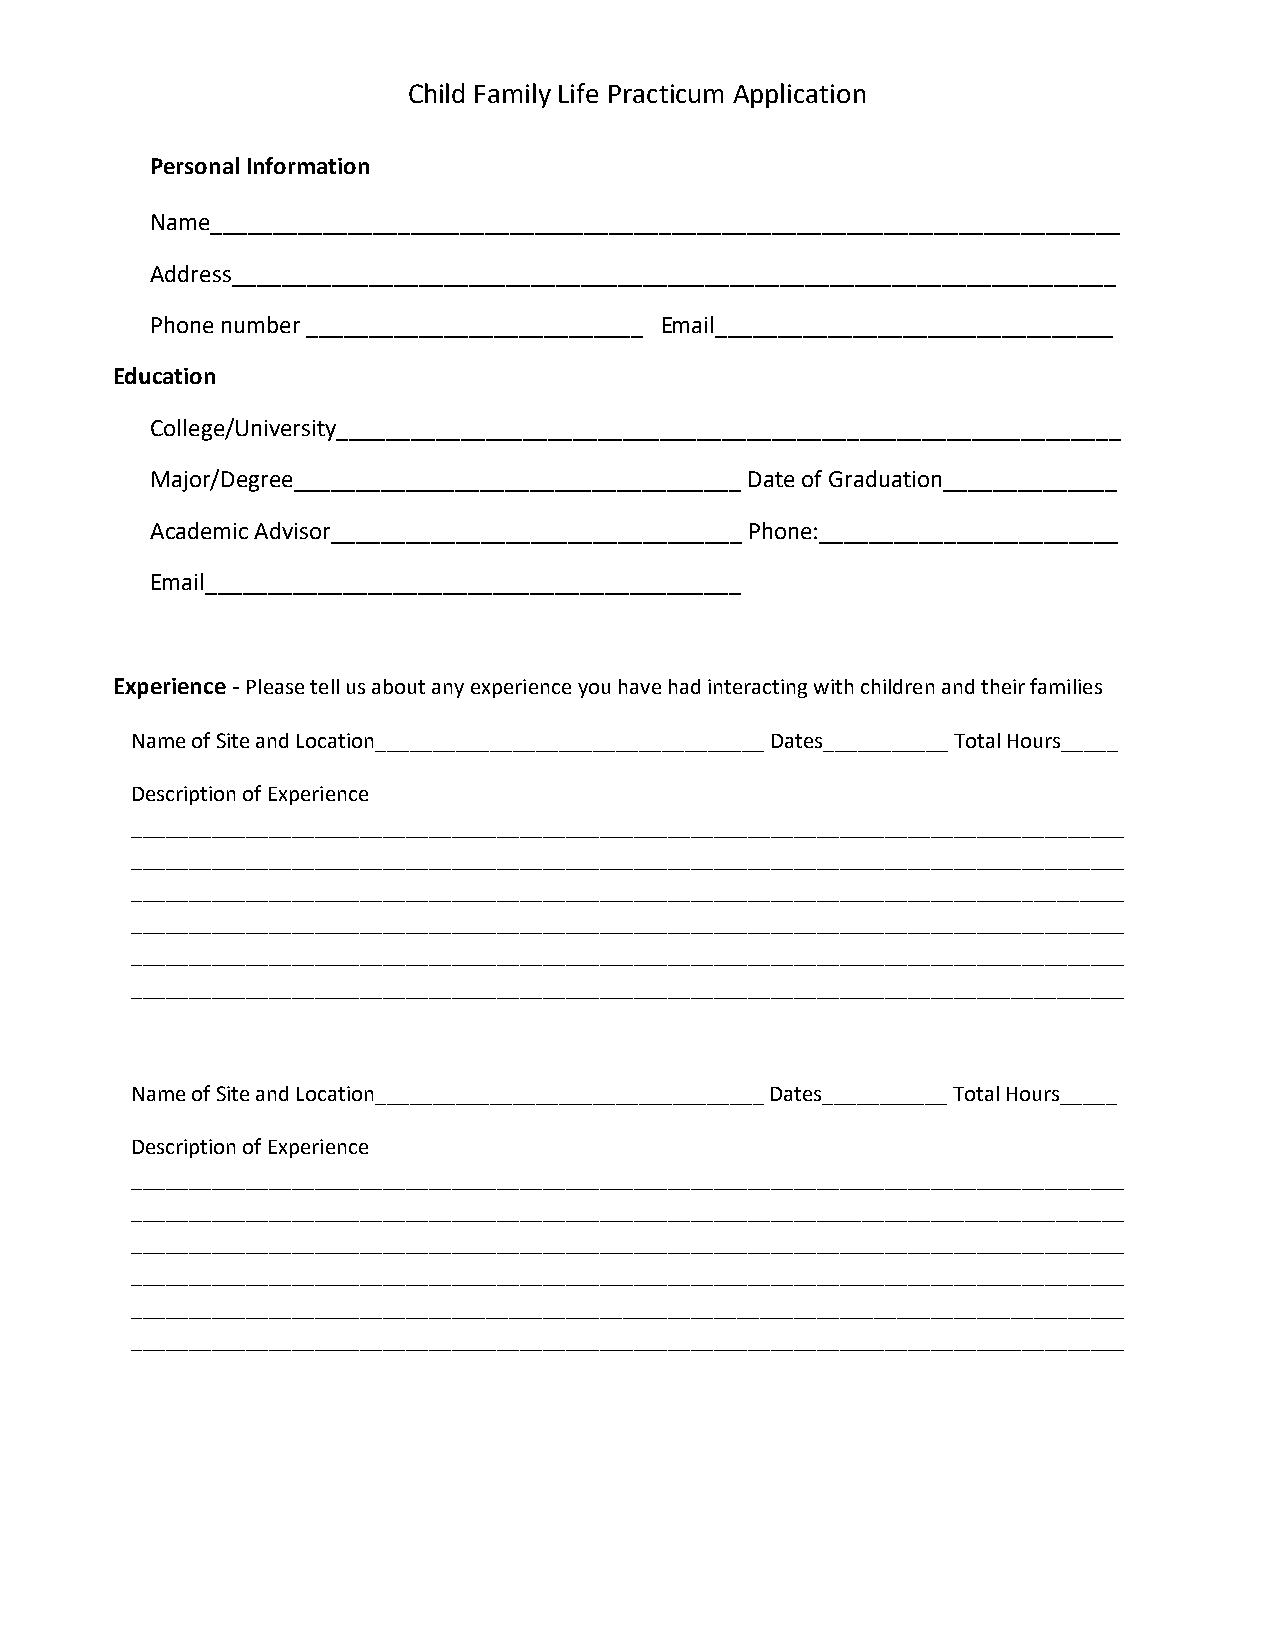
Child Family Life Practicum Application
 Personal Information
 Name_________________________________________________________________________
 Address_______________________________________________________________________
 Phone number ___________________________ Email________________________________
 Education
 College/University_______________________________________________________________
 Major/Degree____________________________________ Date of Graduation______________
 Academic Advisor_________________________________ Phone:________________________
 Email___________________________________________
 Experience - Please tell us about any experience you have had interacting with children and their families
 Name of Site and Location__________________________________ Dates___________ Total Hours_____
 Description of Experience
 _______________________________________________________________________________________
 _______________________________________________________________________________________
 _______________________________________________________________________________________
 _______________________________________________________________________________________
 _______________________________________________________________________________________
 _______________________________________________________________________________________
 Name of Site and Location__________________________________ Dates___________ Total Hours_____
 Description of Experience
 _______________________________________________________________________________________
 _______________________________________________________________________________________
 _______________________________________________________________________________________
 _______________________________________________________________________________________
 _______________________________________________________________________________________
 _______________________________________________________________________________________